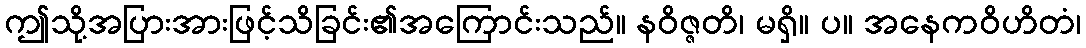
ဤသို့အပြားအားဖြင့်သိခြင်း၏အကြောင်းသည်။ နဝိဇ္ဇတိ၊ မရှိ။ ပ။ အနေကဝိဟိတံ၊